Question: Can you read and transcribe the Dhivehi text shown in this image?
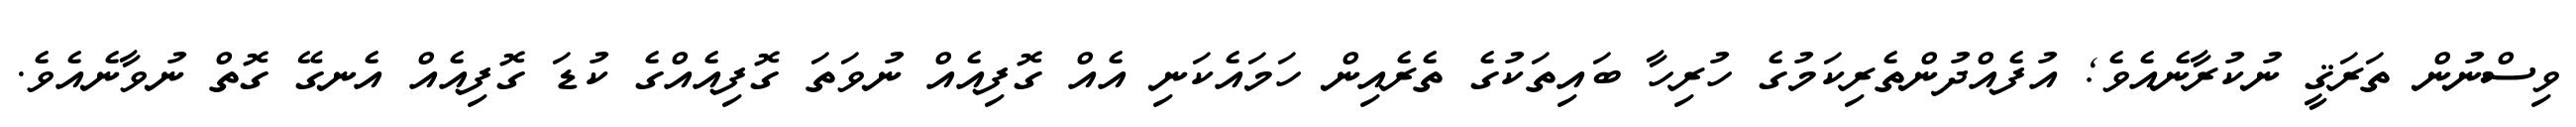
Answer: ވިސްނުން ތަރަޤީ ނުކުރާނެއެވެ; އުފެއްދުންތެރިކަމުގެ ހުރިހާ ބައިތަކުގެ ތެރެއިން ހަމައެކަނި އެއް ގޮފިއެއް ނުވަތަ ގޮފިއެއްގެ ކުޑަ ގޮފިއެއް އެނގޭ ގޮތް ނުވާނެއެވެ.